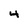
Character: 4